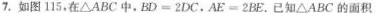
7.如图115，在△ABC 中，$$B D = 2 D C $$，$$A E = 2 B E$$ . 已知△ABC的面积